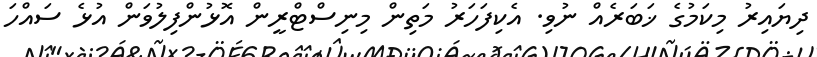
ދިޔައިރު މިކަމުގެ ޚަބަރެއް ނުވި. އެކިފަހަރު މަތިން މިނިސްޓްރީން އޮޅުންފިލުވަން އުޅެ ސައްހަ